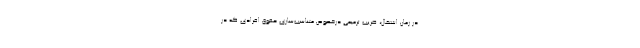
در زمان اشتغال، ضریب ترمیمی درخصوص متناسب‌سازی حقوق افرادی که در